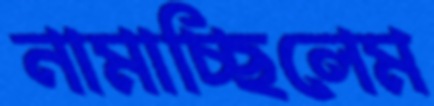
নামাচ্ছিলেম